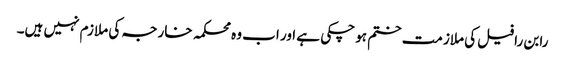
رابن رافیل کی ملازمت ختم ہو چکی ہے اور اب وہ محکمہ خارجہ کی ملازم نہیں ہیں۔